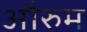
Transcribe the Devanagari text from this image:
औरुम